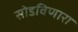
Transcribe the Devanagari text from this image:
सोडविणारा